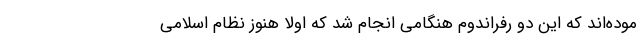
موده‌اند که این دو رفراندوم هنگامی انجام شد که اولاً هنوز نظام اسلامی